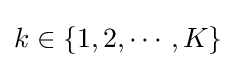
k\in \{1,2,\cdots ,K\}